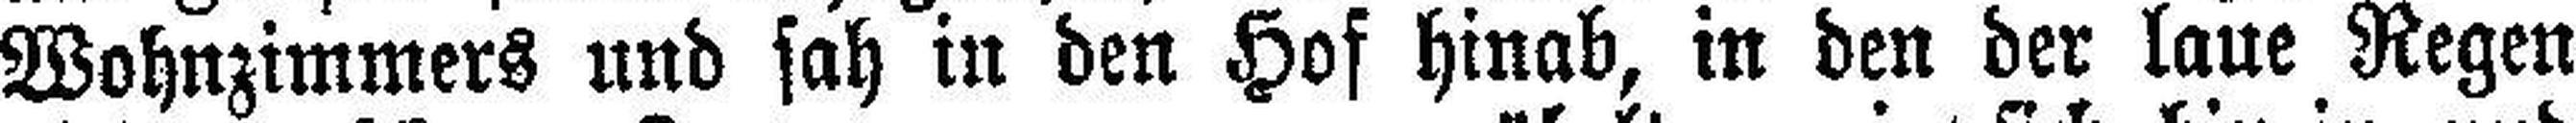
Wohnzimmers und sah in den Hof hinab, in den der laue Regen